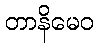
တာနိမေဝ